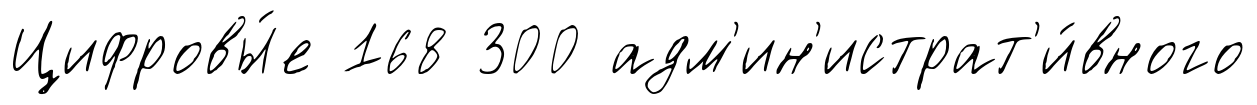
Цифровы́е 168 300 адм'ин'истрат'и́вного